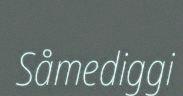
Såmediggi